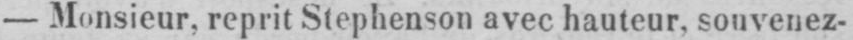
- Monsieur, reprit Stephenson avec hauteur, souvenez-